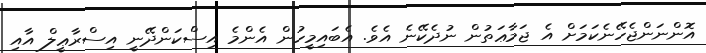
އޮންނަންޖެހޭނެކަމަށް އެ ޖަމާޢަތުން ނުދެކޭނެ އެވެ. އެބައިމީހުން އެންމެ އިސްކަންދޭނީ އިސްރާޢީލް އާއި